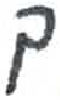
אות: ך